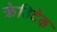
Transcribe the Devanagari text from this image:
क्रेडिटेक